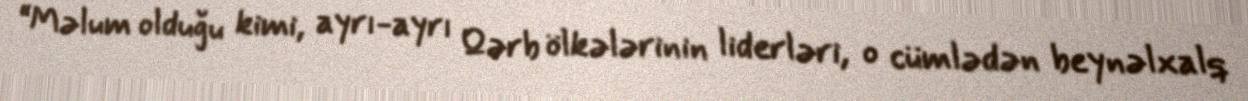
“Məlum olduğu kimi, ayrı-ayrı Qərb ölkələrinin liderləri, o cümlədən beynəlxalq